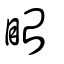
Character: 眙